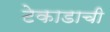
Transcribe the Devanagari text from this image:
टेकाडाची